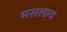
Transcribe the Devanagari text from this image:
मसलाय